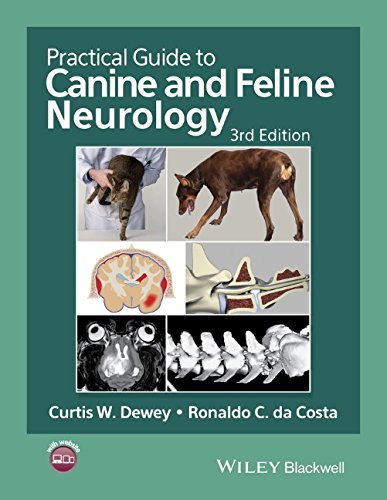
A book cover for Practical Guide to Canine and Feline Neurology; Medical Books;